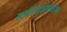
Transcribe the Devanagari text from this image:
सावंतवाडीजवळच्या